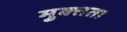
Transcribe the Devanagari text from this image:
मुक्‍तता